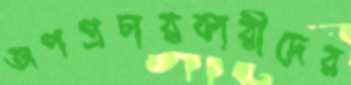
অপপ্রচারকারীদের